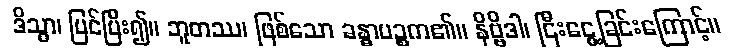
ဒိသွာ၊ မြင်ပြီး၍။ ဘူတဿ၊ ဖြစ်သော ခန္ဓာပဉ္စက၏။ နိဗ္ဗိဒါ၊ ငြီးငွေ့ခြင်းကြောင့်။